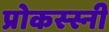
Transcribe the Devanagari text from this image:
प्रोकस्स्नी